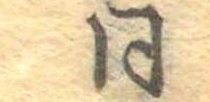
同